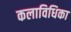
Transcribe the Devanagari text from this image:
कलाविधिका